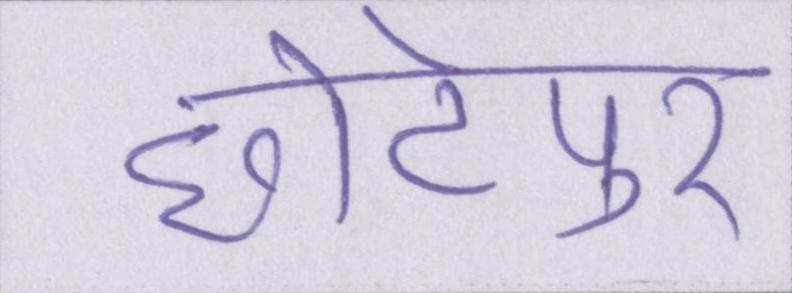
छोटेपुर